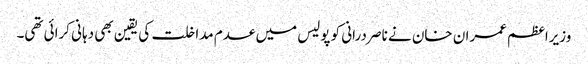
وزیراعظم عمران خان نے ناصر درانی کو پولیس میں عدم مداخلت کی یقین بھی دہانی کرائی تھی۔